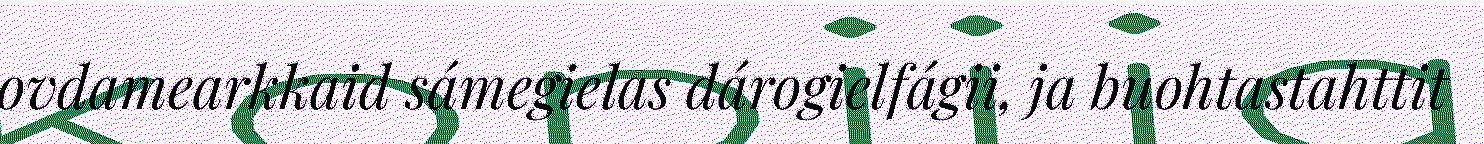
ovdamearkkaid sámegielas dárogielfágii, ja buohtastahttit